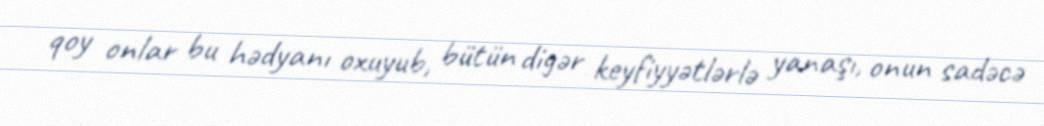
qoy onlar bu hədyanı oxuyub, bütün digər keyfiyyətlərlə yanaşı, onun sadəcə